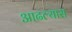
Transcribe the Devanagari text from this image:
आढल्यास